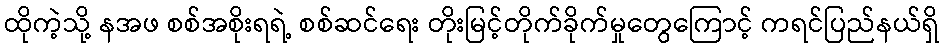
ထိုကဲ့သို့ နအဖ စစ်အစိုးရရဲ့ စစ်ဆင်ရေး တိုးမြင့်တိုက်ခိုက်မှုတွေကြောင့် ကရင်ပြည်နယ်ရှိ